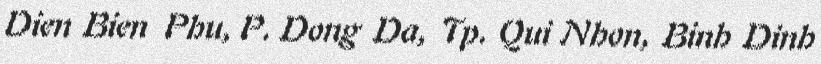
Dien Bien Phu, P. Dong Da, Tp. Qui Nhon, Binh Dinh